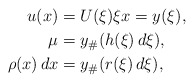
\begin{align*}u(x)&=U(\xi) \xi x=y(\xi),\\\mu&=y_\#(h(\xi)\,d\xi),\\\rho(x)\,dx&=y_\#(r(\xi)\,d\xi),\end{align*}